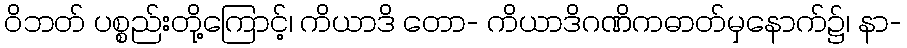
ဝိဘတ် ပစ္စည်းတို့ကြောင့်၊ ကိယာဒိ တော- ကိယာဒိဂဏိကဓာတ်မှနောက်၌၊ နာ-